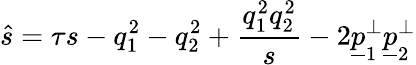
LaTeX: \hat{s}=\tau s-q_{1}^{2}-q_{2}^{2}+\frac{q_{1}^{2}q_{2}^{2}}{s}-2\underline{{{p}}}_{1}^{\perp}\underline{{{p}}}_{2}^{\perp}